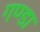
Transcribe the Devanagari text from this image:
गण्डा